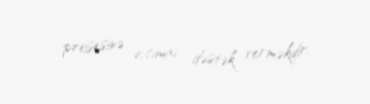
prosesinə ictimai dəstək verməkdir.